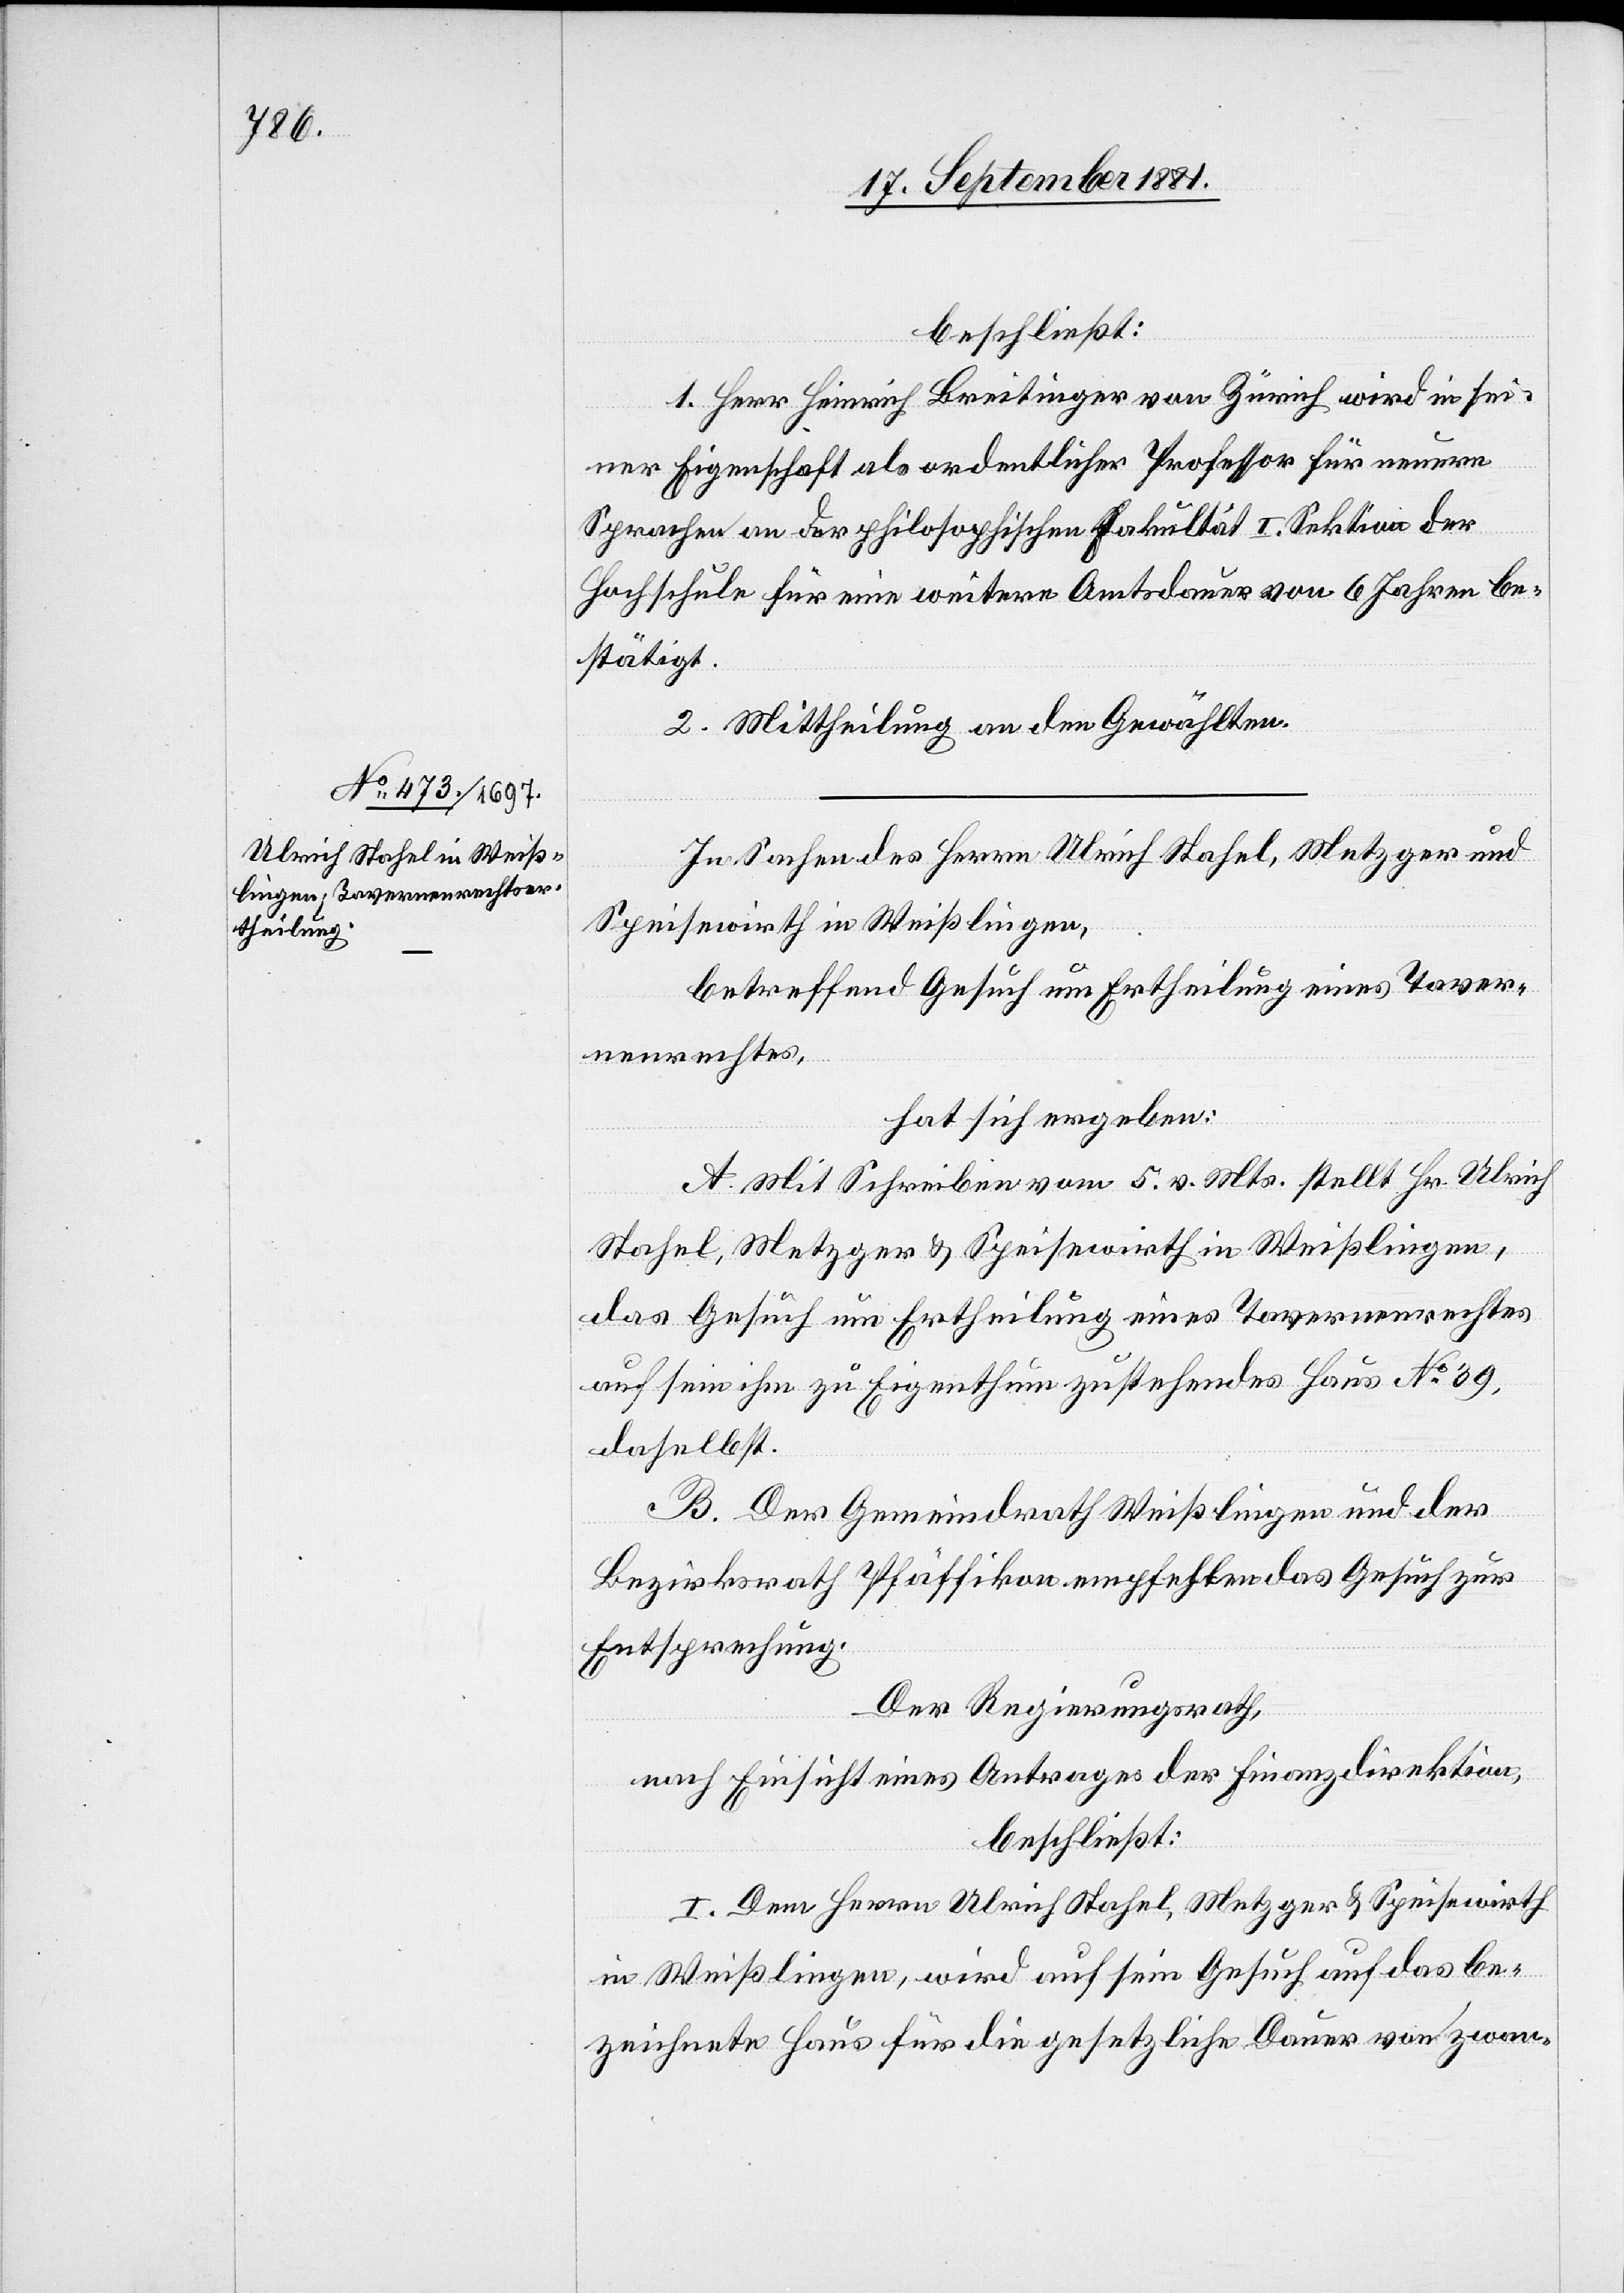
beschließt:
1. Herr Heinrich Breitinger von Zürich wird in sei¬
ner Eigenschaft als ordentlicher Professor für neuere
Sprachen an der philosophischen Fakultät I. Sektion der
Hochschule für eine weitere Amtsdauer von 6 Jahren be¬
stätigt.
2. Mittheilung an den Gewählten.
In Sachen des Herrn Ulrich Stahel, Metzger und
Speisewirth in Weißlingen,
betreffend Gesuch um Ertheilung eines Taver¬
nenrechtes,
hat sich ergeben:
A. Mit Schreiben vom 5. v. Mts. stellt Hr. Ulrich
Stahel, Metzger & Speisewirth in Weißlingen,
das Gesuch um Ertheilung eines Tavernenrechtes
auf sein ihm zu Eigenthum zustehendes Haus No 39,
daselbst.
B. Der Gemeindrath Weißlingen und der
Bezirksrath Pfäffikon empfehlen das Gesuch zur
Entsprechung.
der Regierungsrath,
nach Einsicht eines Antrages der Finanzdirektion,
beschließt:
I. Dem Herrn Ulrich Stahel, Metzger & Speisewirth
in Weißlingen, wird auf sein Gesuch auf das be¬
zeichnete Haus für die gesetzliche Dauer von zwan-